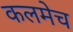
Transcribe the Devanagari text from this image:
कलमेच